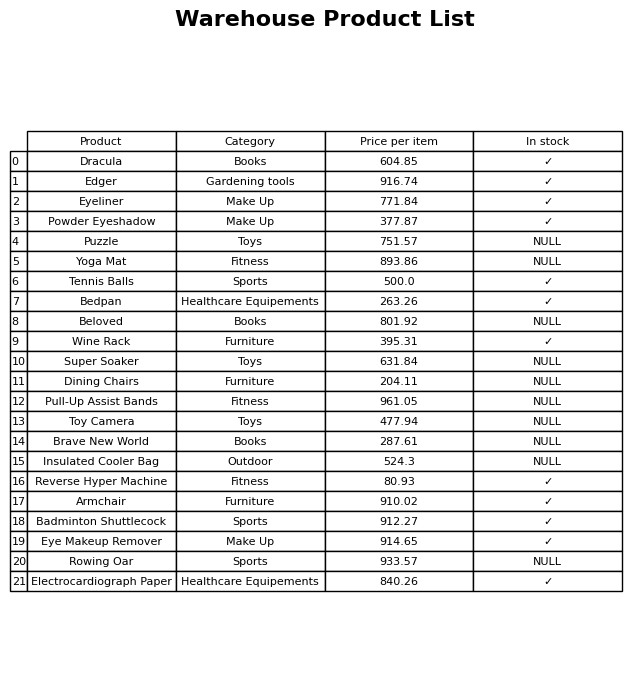
question: What is the price for Pull-Up Assist Bands?
answer: The price of Pull-Up Assist Bands is 961.05.